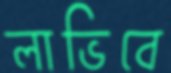
লাভিবে